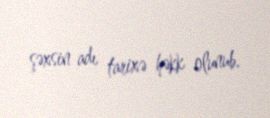
şəxsin adı tarixə həkk olunub.